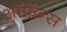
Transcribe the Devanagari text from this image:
ऑफ़ॅन्स